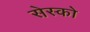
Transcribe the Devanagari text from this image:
सेस्को